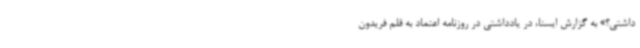
داشتی؟» به گزارش ایسنا، در یادداشتی در روزنامه اعتماد به قلم فریدون